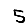
Digit: 5